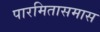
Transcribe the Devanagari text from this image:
पारमितासमास